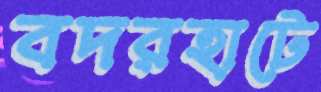
বদরহাটে